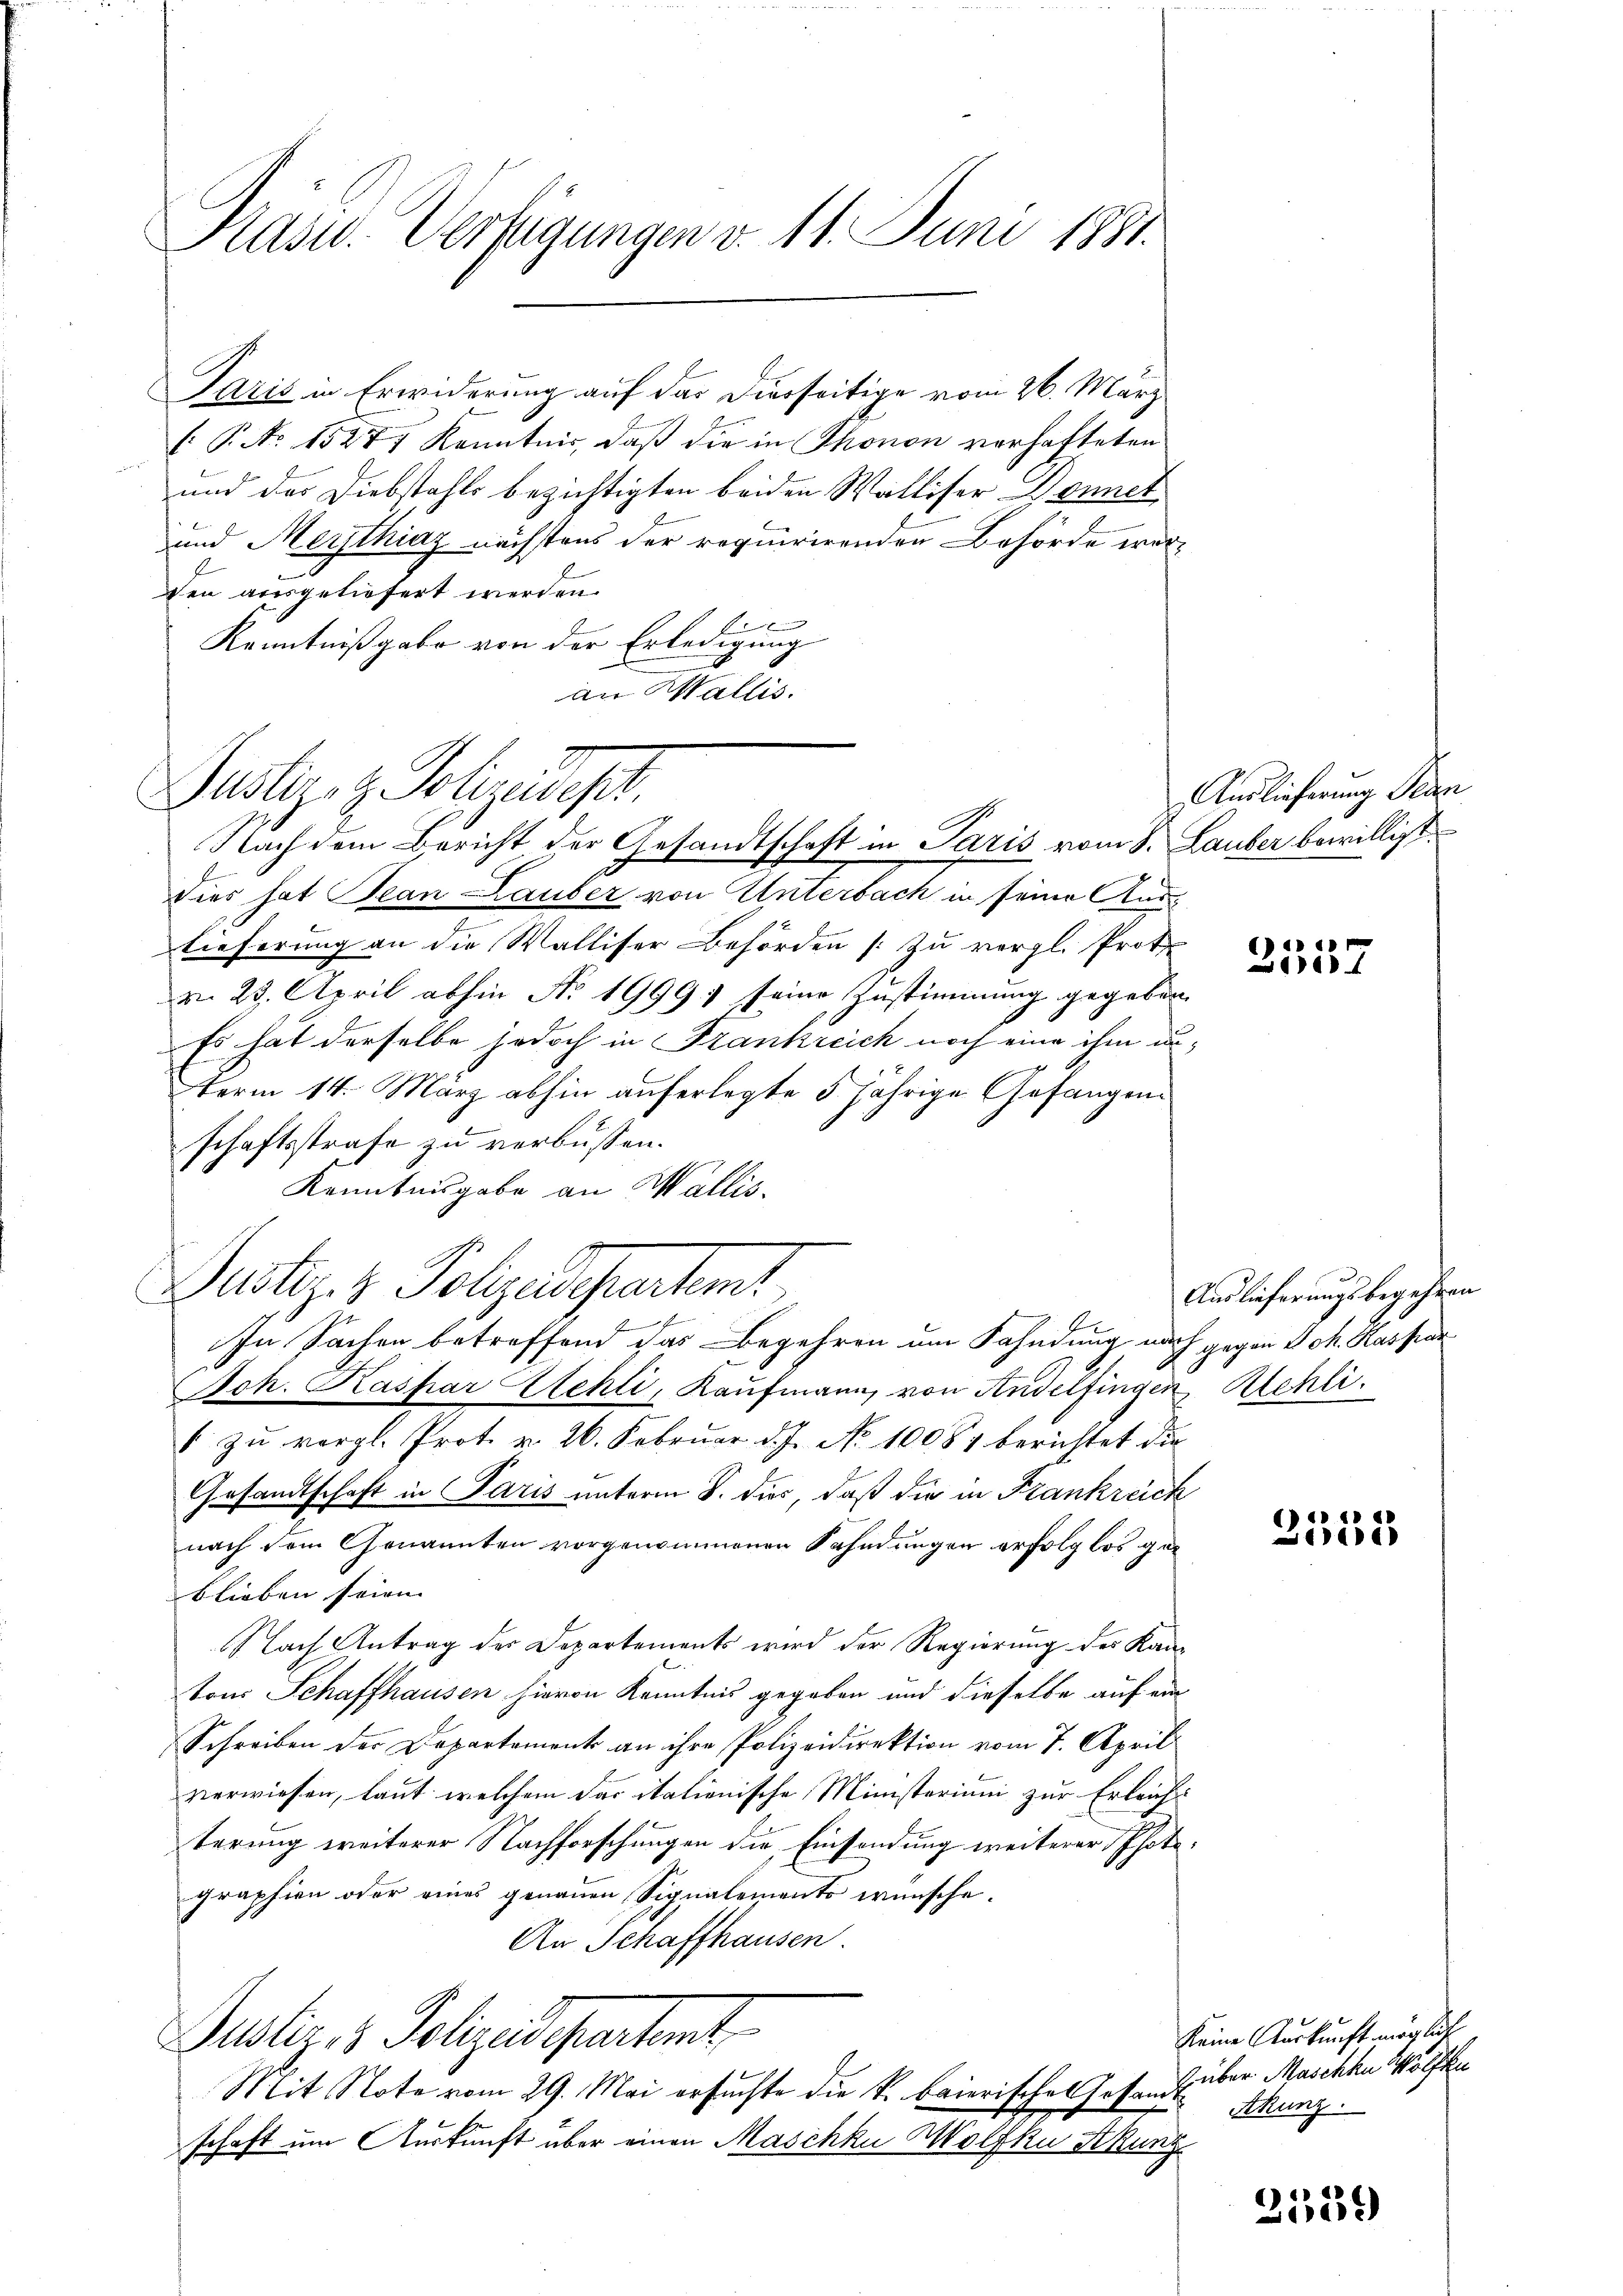
Pass. Verfügungen v. 11. Juni 1881.

Paris in Erwiderung auf das Dierseitige vom 26. März
: P. No 15277 Kenntnis, daß die in Thonon verhafteten
und des Diebstahls bezichtigten beiden Walliser Donnet
und Merzthias nächstens der requirirenden Behörde war
den ausgeliefert werden.
x
Kenntnißgabe von der Erledigung
an Wallis.
Dies hat Jean Lauber von Unterbach in seine Auslieferung an die Walliser Behörden [zu vergl. Prot
d. 23. April abhin No 1999; seine Zustimmung gegeben
Es hat derselbe jedoch in Frankreich noch eine ihm unterm 14. März abhin auferlegte 5 jährige Gefangenschaftsstrafe zu verbüssen.
Kenntnisgabe an Wallis.
Pustiz & Polzespartent
.
In Sachen betreffend das Begehren um Fahndung nach gegen Joh. Kaspar
Joh. Kaspar Stehli, Kaufmann von Andelfingen Kehli
 zŭ vergl. Prot. v. 26. Februar d. J. No. 10084 berichtet die
Gesandtschaft in Paris unterm 8. dir, daß die in Frankreich
nach dem Genannten vorgenommenen Fahndungen erfolglos geblieben seien.
Nach Antrag der Departements wird der Regierung des Kanton Schaffhausen hievon Kenntnis gegeben und dieselbe auf ein
Schreiben der Departement an ihre Polizeidirektion vom 7. April
verwiesen, laut welchem das italienische Ministerium zur Erleichterung weiterer Nachforschungen die Einsendung weiterer Photgraphien oder eines genauen Signalemento wünsche.
An Schaffhausen.
Puster 3 Polizeidepartent
Mit Note vom 29. Mai ersuchte die k. baierisches Johann über Maschhu Wölfe
schaft um Auskunft über einen Maschku Wolfku Akung

Justiz- & Polizadept.

Nach dem Bericht der Gesandtschaft in Paris vom 8. Lauber bewilligt

Anslieferung Plan

1
100

Auslieferungsbegehren

2552

keine Auskunft möglich
Akunz.

2559